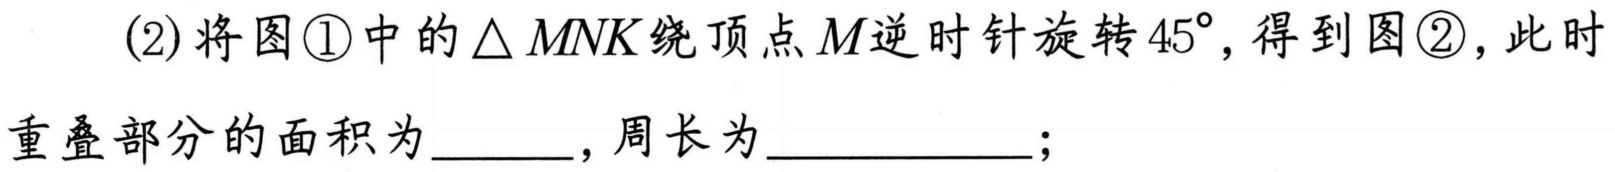
(2)将图\textcircled{1}中的$\triangle MNK$绕顶点$M$逆时针旋转$45^{\circ}$，得到图\textcircled{2}，此时
重叠部分的面积为  ，周长为  ；